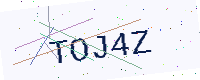
Text: TOJ4Z